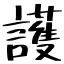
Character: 護